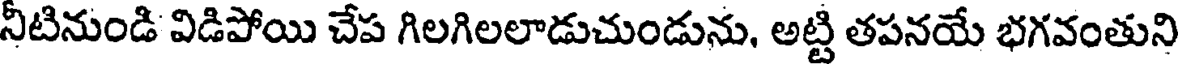
నీటినుండి విడిపోయి చేప గిలగిలలాడుచుండును, అట్టి తపనయే భగవంతుని